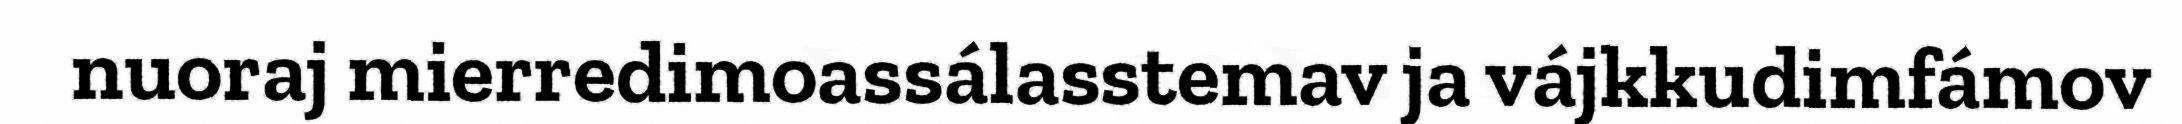
nuoraj mierredimoassálasstemav ja vájkkudimfámov